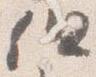
但